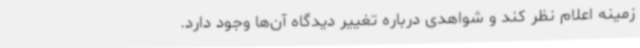
زمینه اعلام نظر کند و شواهدی درباره تغییر دیدگاه آن‌ها وجود دارد.